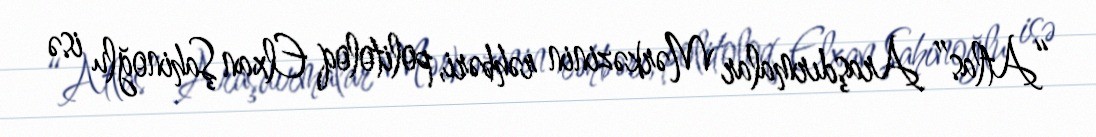
“Atlas” Araşdırmalar Mərkəzinin rəhbəri, politoloq Elxan Şahinoğlu isə